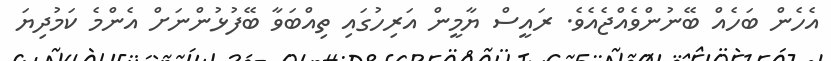
އެހެން ބަހެއް ބޭނުންވެއްޖެއެވެ. ރައީސް ޔާމީން އަރިހުގައި ތިއްބަވާ ބޭފުޅުންނަށް އެންމެ ކަމުދިޔަ